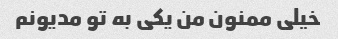
خیلی ممنون من یکی به تو مدیونم